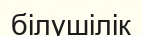
білушілік